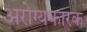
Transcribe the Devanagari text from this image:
अरोग्यकारक